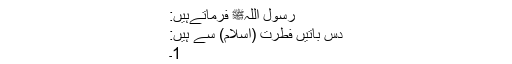
رسول اللہﷺ فرماتےہیں:
دس باتیں فطرت (اسلام) سے ہیں:
1۔